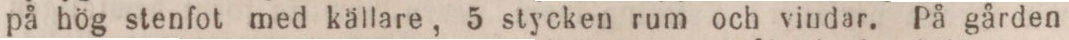
på hög stenfot med källare, 5 stycken rum och vindar. På gården